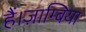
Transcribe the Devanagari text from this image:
हैं।ज़ाम्बिया